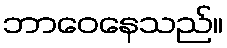
ဘာဝေနေသည်။